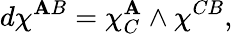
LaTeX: d\chi^{\mathbf{A}B}=\chi_{C}^{\mathbf{A}}\wedge\chi^{CB},